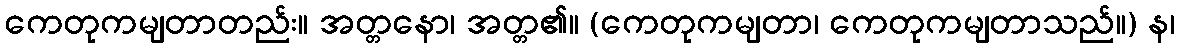
ကေတုကမျတာတည်း။ အတ္တနော၊ အတ္တ၏။ (ကေတုကမျတာ၊ ကေတုကမျတာသည်။) န၊